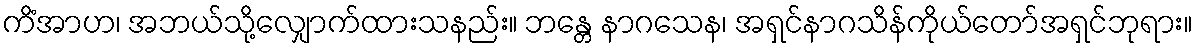
ကိံအာဟ၊ အဘယ်သို့လျှောက်ထားသနည်း။ ဘန္တေ နာဂသေန၊ အရှင်နာဂသိန်ကိုယ်တော်အရှင်ဘုရား။